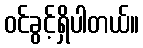
ဝင်ခွင့်ရှိပါတယ်။